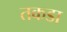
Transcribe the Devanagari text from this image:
तकडा